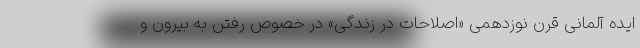
ایده آلمانی قرن نوزدهمی «اصلاحات در زندگی» در خصوص رفتن به بیرون و